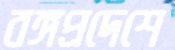
বঙ্গপ্রদেশে